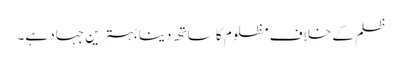
ظلم کے خلاف مظلوم کا ساتھ دینا بہترین جہاد ہے۔